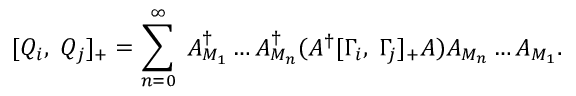
[ Q _ { i } , \; Q _ { j } ] _ { + } = \sum _ { n = 0 } ^ { \infty } \; A _ { M _ { 1 } } ^ { \dagger } \ldots A _ { M _ { n } } ^ { \dagger } ( A ^ { \dagger } [ \Gamma _ { i } , \; \Gamma _ { j } ] _ { + } A ) A _ { M _ { n } } \ldots A _ { M _ { 1 } } .